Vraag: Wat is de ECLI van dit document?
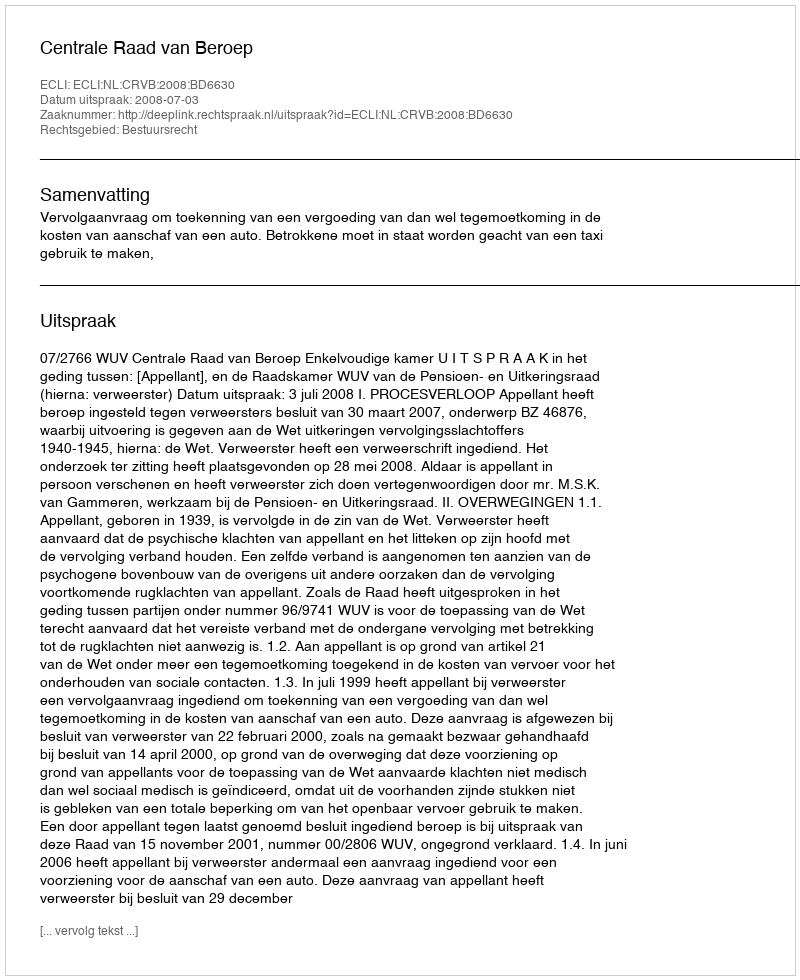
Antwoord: ECLI:NL:CRVB:2008:BD6630